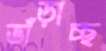
ভাঁড়াচ্ছ